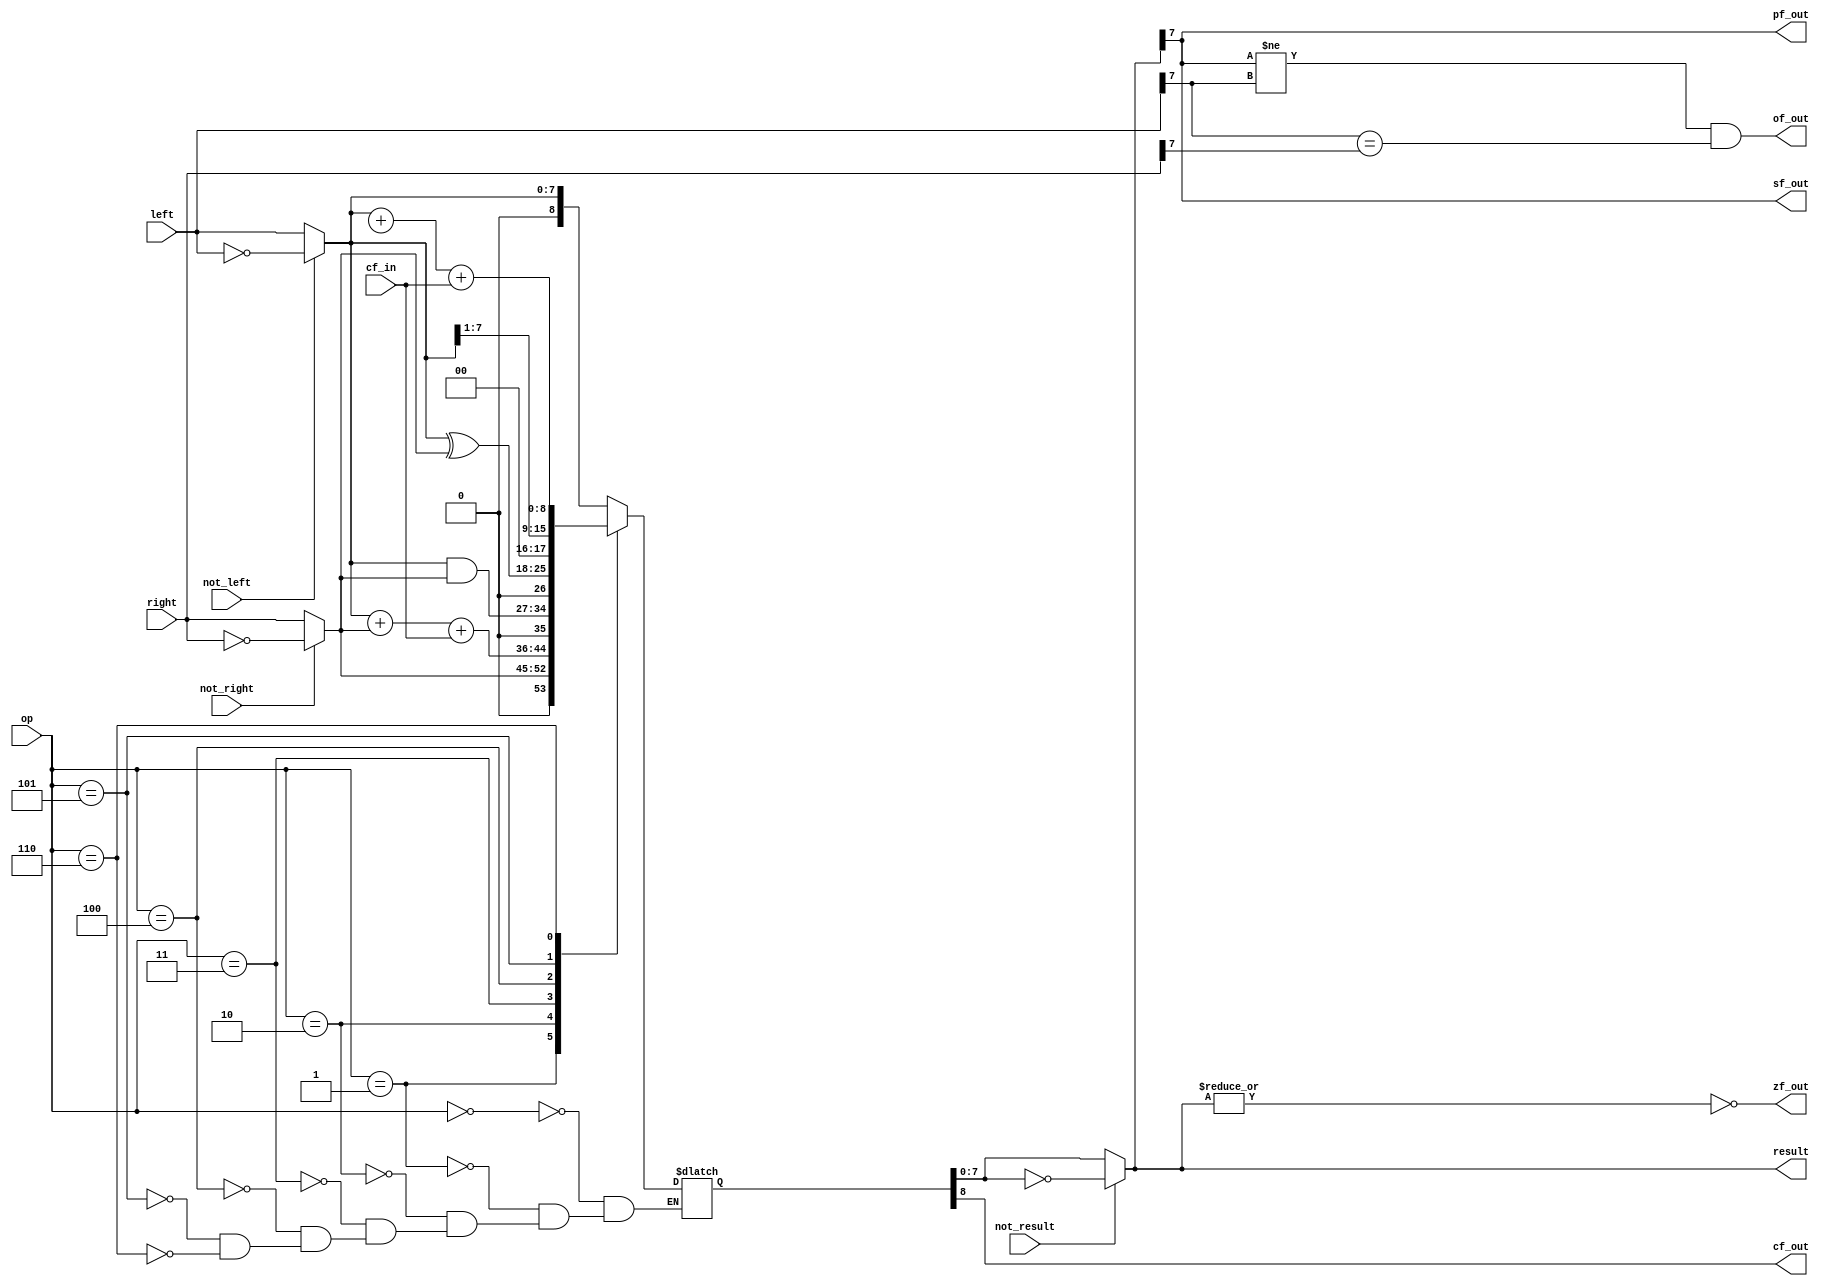
module o8_alu(
    op,

    left,
    right,
    result,

    cf_in,
    not_left,
    not_right,
    not_result,

    zf_out,
    cf_out,
    of_out,
    sf_out,
    pf_out,
);

parameter ALU_LEFT  = 0;   // Pass left
parameter ALU_RIGHT = 1;   // Pass right
parameter ALU_ADD   = 2;   // Add
parameter ALU_AND   = 3;   // And
parameter ALU_XOR   = 4;   // Exclusive or
parameter ALU_SHRL  = 5;   // Shift right value on left bus
parameter ALU_ADDL  = 6;

parameter ALU_LRX   = ALU_LEFT;

input  wire [2:0] op;

input  wire [7:0] left;
input  wire [7:0] right;
output wire [7:0] result;

input wire cf_in, not_left, not_right, not_result;

output wire zf_out, cf_out, of_out, sf_out, pf_out;

wire [8:0] lx, rx;
reg  [8:0] rsx;

assign lx       = { 1'b0, (not_left  ? ~left  : left)  };
assign rx       = { 1'b0, (not_right ? ~right : right) };
assign sxcarry  = { 8'b0, cf_in };
assign negone   = { 1'b0, {8{alu_not_right}} };
assign result   = not_result ? ~rsx : rsx;

always @* begin
    case(op)
        ALU_LEFT:       rsx <= lx;
        ALU_RIGHT:      rsx <= rx;
        ALU_ADD:        rsx <= lx + rx + { 8'b0, cf_in };
        ALU_AND:        rsx <= lx & rx;
        ALU_XOR:        rsx <= lx ^ rx;
        ALU_SHRL:       rsx <= lx >> 1;
        ALU_ADDL:       rsx <= lx + negone + sxcarry;
    endcase
end

assign cf_out = rsx[8];
assign zf_out = !(|result);
assign of_out = result[7] != left[7] && left[7] == right[7];
assign sf_out = result[7];
assign pf_out = ^result[7];

endmodule